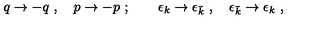
q \rightarrow - q \ , \quad p \rightarrow - p \ ; \qquad \epsilon _ { k } \rightarrow \epsilon _ { \bar { k } } \ , \quad \epsilon _ { \bar { k } } \rightarrow \epsilon _ { k } \ ,